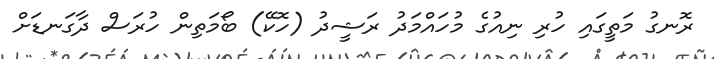
ރޮނގު މަތީގައި ހުރި ނިއުގެ މުހައްމަދު ރަޝީދު (ހޮކޭ) ބޯމަތިން ހުރަސް ދާގަނޑަށް